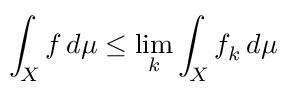
\int _ { X } f \, d \mu \leq \operatorname* { l i m } _ { k } \int _ { X } f _ { k } \, d \mu